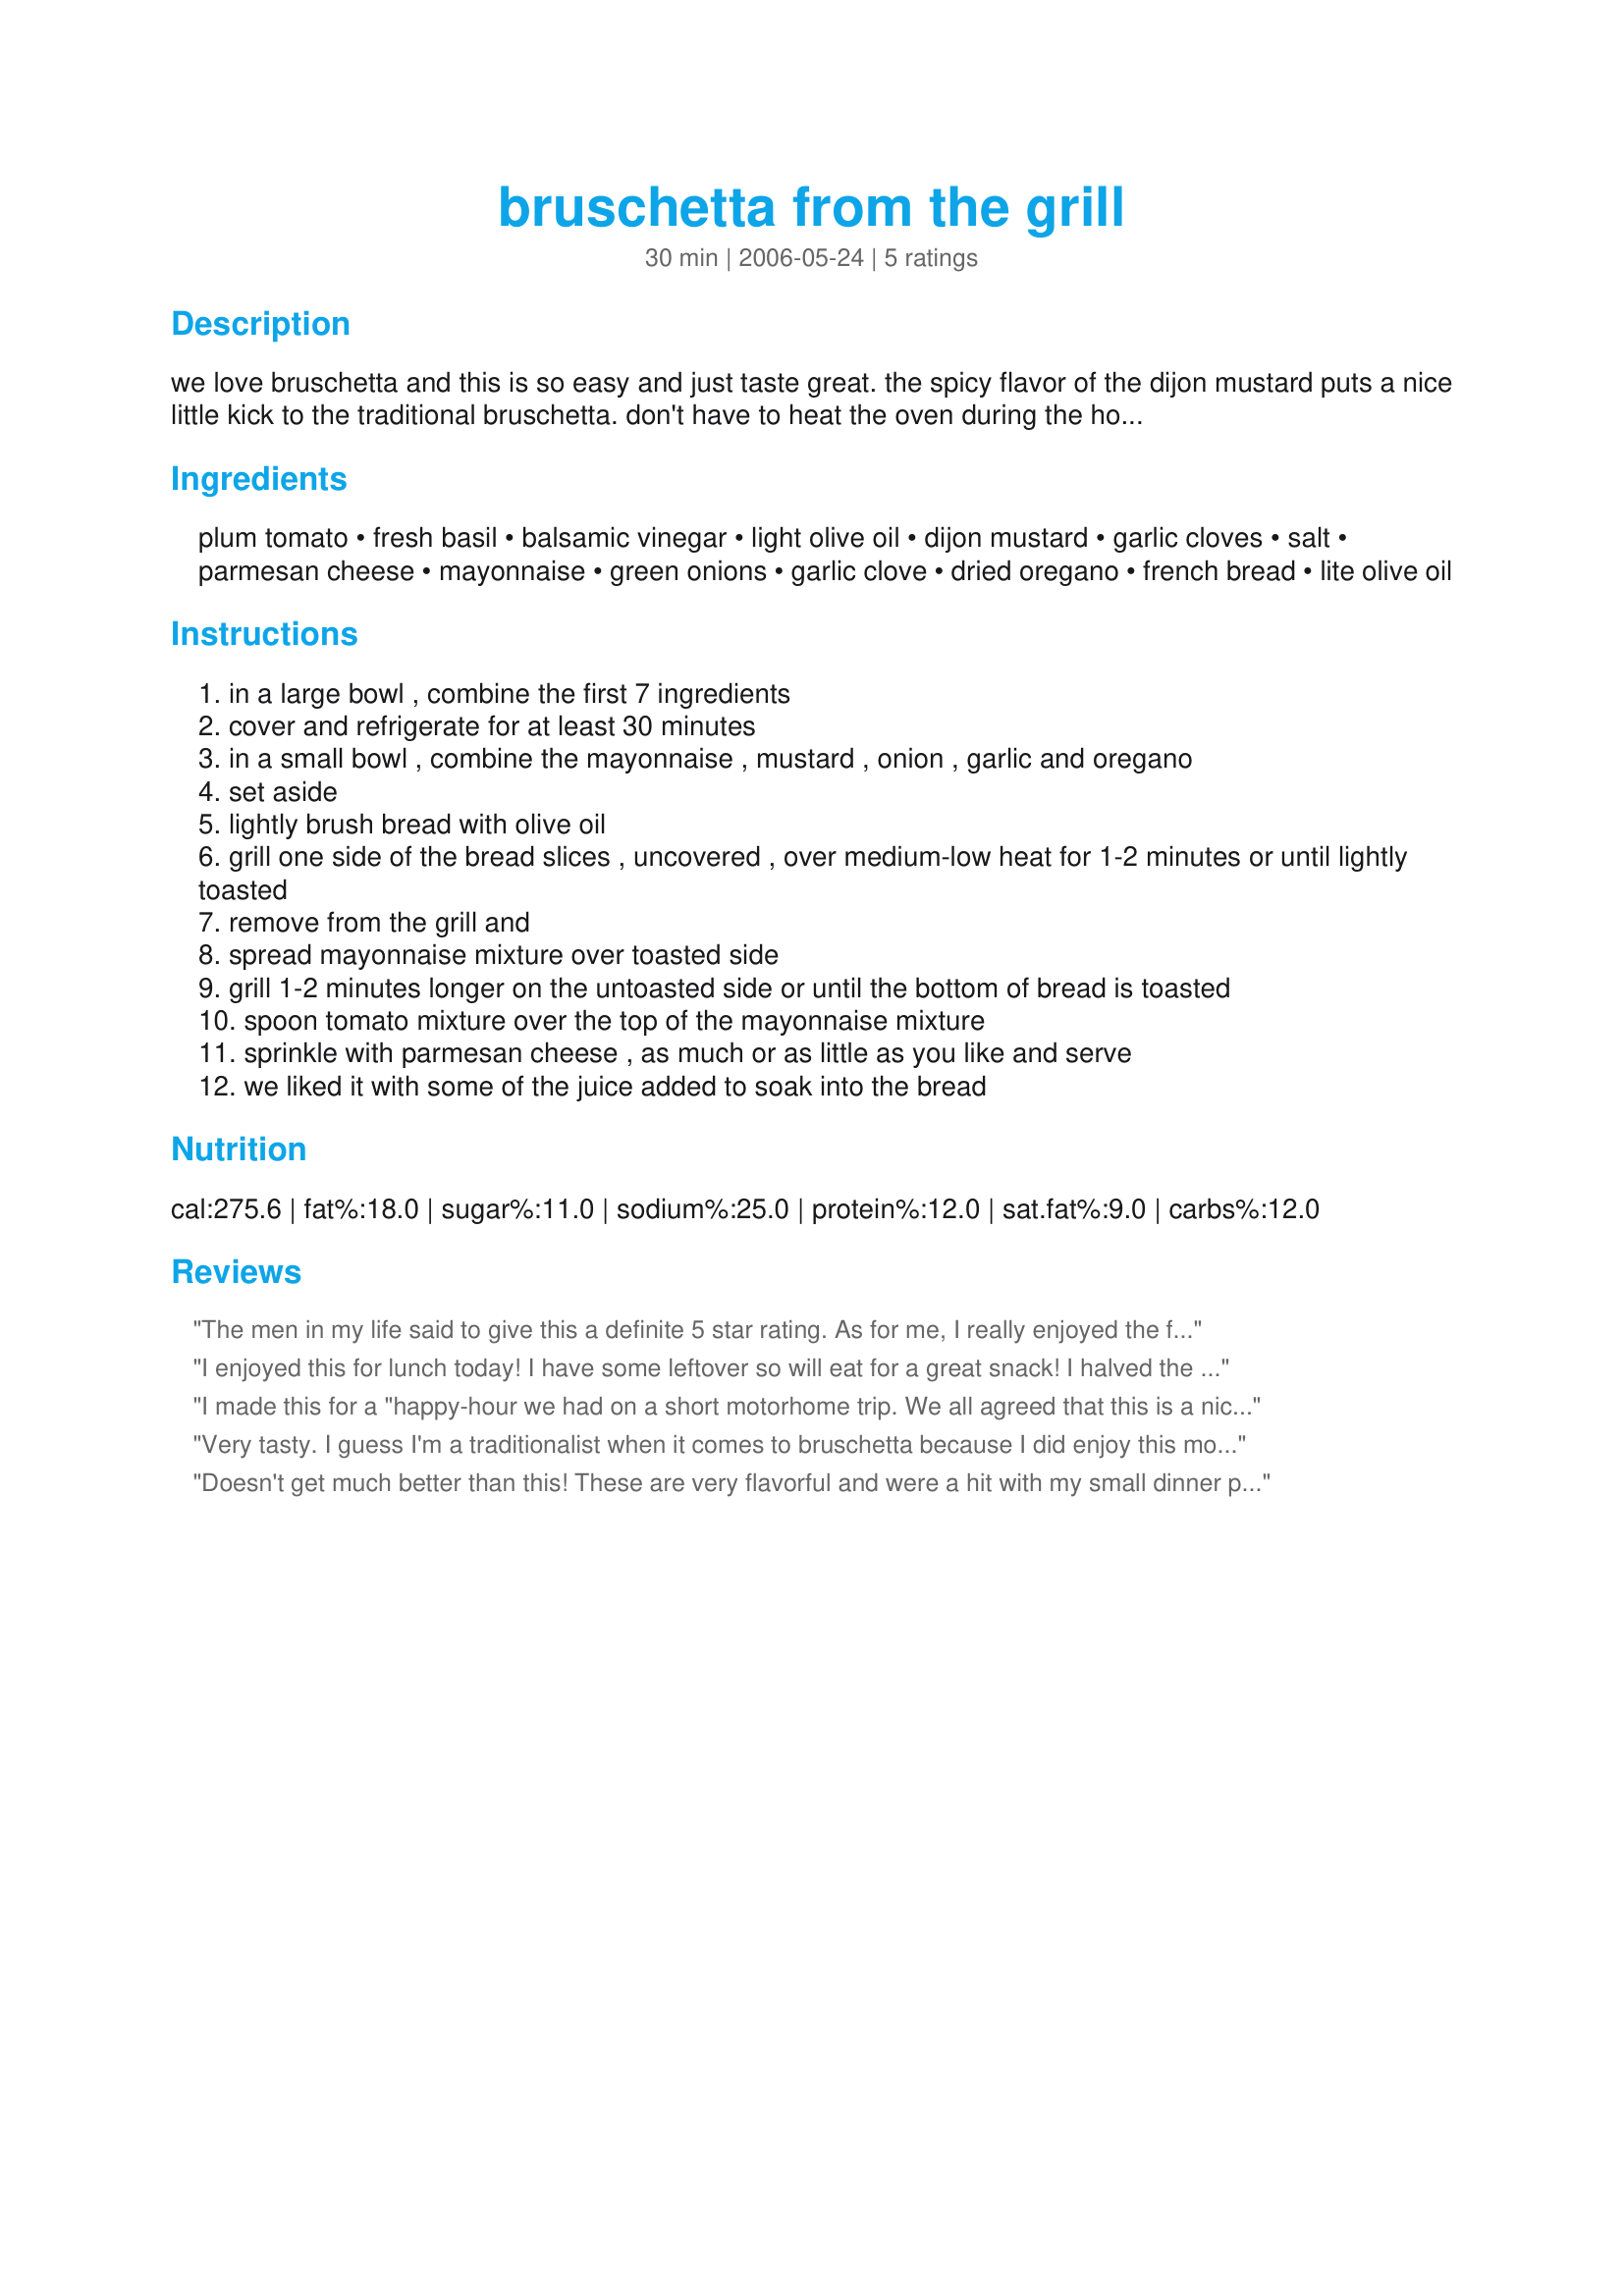
bruschetta from the grill
Preparation time: 30 minutes

we love bruschetta and this is so easy and just taste great. the spicy flavor of the dijon mustard puts a nice little kick to the traditional bruschetta. don't have to heat the oven during the hot summer days when you have lots of fresh tomatoes. adapted from taste of home with a few changes to suit our taste buds.

Ingredients:
plum tomato, fresh basil, balsamic vinegar, light olive oil, dijon mustard, garlic cloves, salt, parmesan cheese, mayonnaise, green onions, garlic clove, dried oregano, french bread, lite olive oil

Steps:
in a large bowl , combine the first 7 ingredients
cover and refrigerate for at least 30 minutes
in a small bowl , combine the mayonnaise , mustard , onion , garlic and oregano
set aside
lightly brush bread with olive oil
grill one side of the bread slices , uncovered , over medium-low heat for 1-2 minutes or until lightly toasted
remove from the grill and
spread mayonnaise mixture over toasted side
grill 1-2 minutes longer on the untoasted side or until the bottom of bread is toasted
spoon tomato mixture over the top of the mayonnaise mixture
sprinkle with parmesan cheese , as much or as little as you like and serve
we liked it with some of the juice added to soak into the bread

Reviews:
The men in my life said to give this a definite 5 star rating. As for me, I really enjoyed the fact that it can be cooked in only a few minutes on the grill. In the mayo spread, I used fresh garden chives in place of the green onion. This is very tasty.
I enjoyed this for lunch today! I have some leftover so will eat for a great snack! I halved the recpe. Thanks Nimz!
I made this for a "happy-hour we had on a short motorhome trip. We all agreed that this is a nice change-of-pace way to make Bruschetta. The mayonnaise spread really gave it a nice zip. This recipe is going in my "keeper" notebook. Thanks so much for sharing this winner, Nimz.
Very tasty. I guess I'm a traditionalist when it comes to bruschetta because I did enjoy this more without the mayonnaise spread. It was very tasty - but not necessary.
Doesn't get much better than this! These are very flavorful and were a hit with my small dinner party. I even forgot the parmesan and they were delicious. Thanks for the keeper Nimz!
